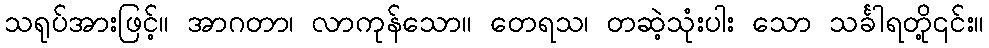
သရုပ်အားဖြင့်။ အာဂတာ၊ လာကုန်သော။ တေရသ၊ တဆဲ့သုံးပါး သော သင်္ခါရတို့၎င်း။